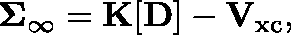
\mathbf { \Sigma } _ { \infty } = \mathbf { K } [ \mathbf { D } ] - \mathbf { V } _ { \mathrm { x c } } ,